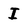
Character: I